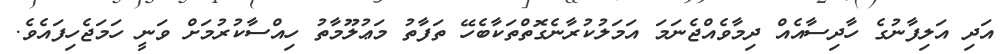
އަދި އަލިފާނުގެ ހާދިސާއެއް ދިމާވެއްޖެނަމަ އަމަލުކުރާނެގޮތްތަކާބެހޭ ތަފާތު މަޢުލޫމާތު ހިއްސާކުރުމަށް ވަނީ ހަމަޖެހިފައެވެ.